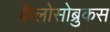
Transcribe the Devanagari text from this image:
कैलोसोब्रुकस